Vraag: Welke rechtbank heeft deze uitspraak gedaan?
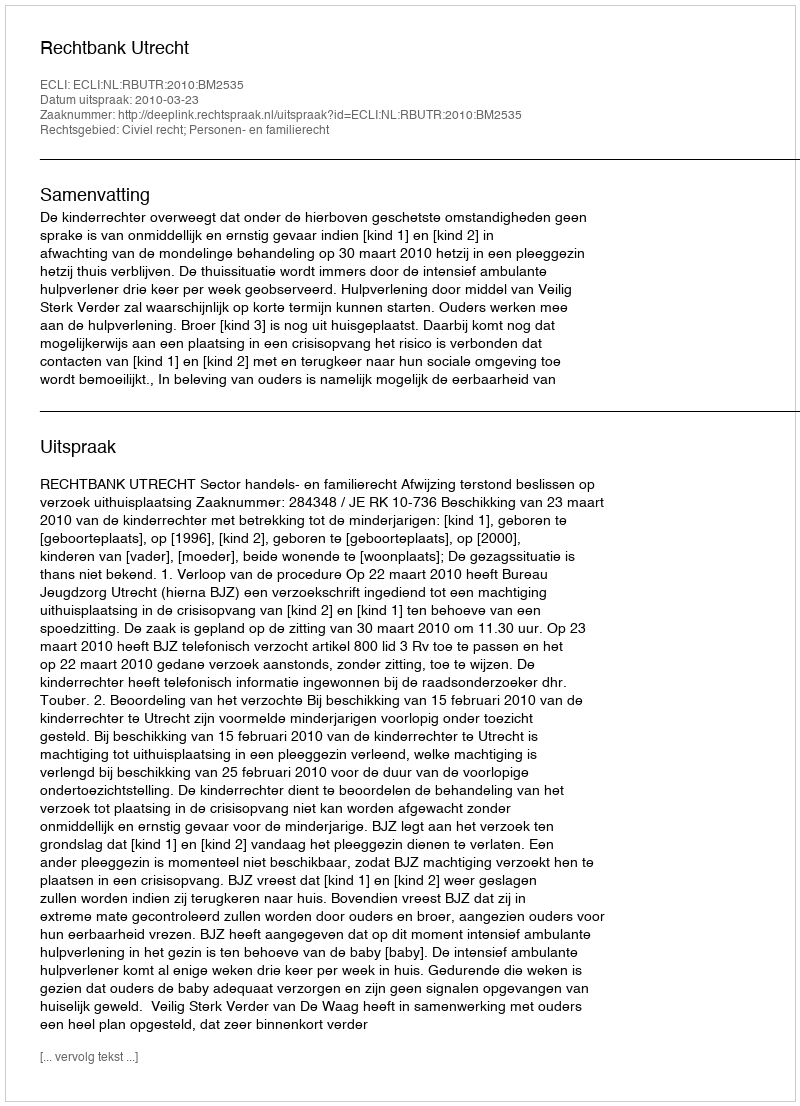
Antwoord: Rechtbank Utrecht